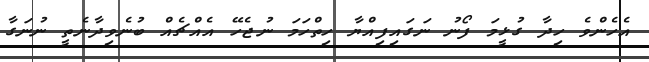
އެހެންވެ ހިދާ ގުޅީމަ ފޯނު ނަގައިފިއްޔާ ހިތްހަމަ ނުޖެހޭ އެއްޗެއް ބުނެވިދާނެތީ ނުނަގާ